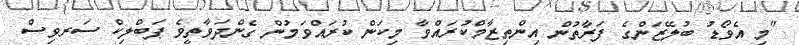
"މި އެވޯޑު ބުލޭޒަންގެ ފަރާތުން އިންތިޒާމްކުރައްވާ މިކަން ކުރައްވަމުން ގެންދަވާތީވެ ޕަބްލިކް ސަރވިސް